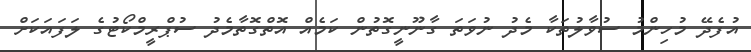
އުފެދޭ މުހިންމު ސުވާލުތަކާ މެދު ނުވަތަ ގާނޫނީގޮތުން ކަމެއް އޮތްގޮތާމެދު ސުޕްރީމްކޯޓުގެ ލަފައަކަށް